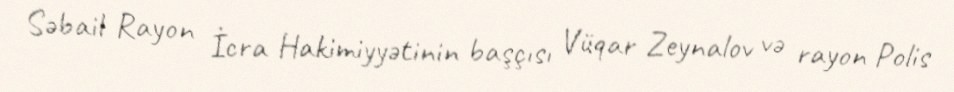
Səbail Rayon İcra Hakimiyyətinin başçısı Vüqar Zeynalov və rayon Polis